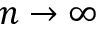
n \to \infty